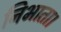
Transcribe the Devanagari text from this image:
निभाता।